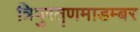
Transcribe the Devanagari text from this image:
त्रिपुरतृणमाडम्बर